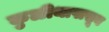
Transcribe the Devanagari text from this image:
कुळीथापासून